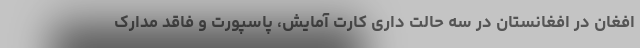
افغان در افغانستان در سه حالت داری کارت آمایش، پاسپورت و فاقد مدارک